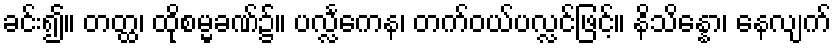
ခင်း၍။ တတ္ထ၊ ထိုစမ္မခဏ်၌။ ပလ္လင်္ကေန၊ တက်ဝယ်ပလ္လင်ဖြင့်။ နိသိန္နော၊ နေလျက်